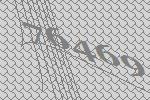
76469